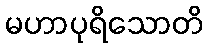
မဟာပုရိသောတိ